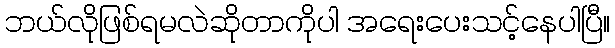
ဘယ်လိုဖြစ်ရမလဲဆိုတာကိုပါ အရေးပေးသင့်နေပါပြီ။